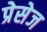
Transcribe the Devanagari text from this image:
प्रेसेज